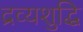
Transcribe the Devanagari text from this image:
द्रव्यशुद्धि